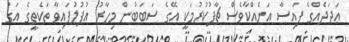
ޢަދަދެއްގެ ފައިސާ އަނެއްކާވެސް ޗާޕުކުރުމަކީ އޭގެ ސަބަބުން މިހާރު އުފުލުފައިވާ ތަކެތީގެ އަގު